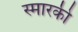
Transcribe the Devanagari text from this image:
स्मारकी